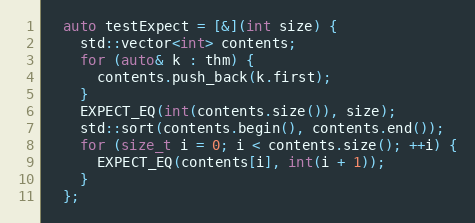
Language: C++
  auto testExpect = [&](int size) {
    std::vector<int> contents;
    for (auto& k : thm) {
      contents.push_back(k.first);
    }
    EXPECT_EQ(int(contents.size()), size);
    std::sort(contents.begin(), contents.end());
    for (size_t i = 0; i < contents.size(); ++i) {
      EXPECT_EQ(contents[i], int(i + 1));
    }
  };